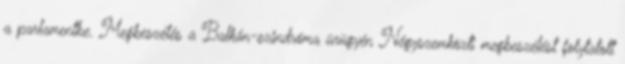
a parlamentbe. Megbeszélés a Balkán-szindróma ürügyén Négyszemközti megbeszélést folytatott